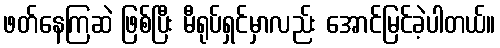
ဖတ်နေကြဆဲ ဖြစ်ပြီး မီရုပ်ရှင်မှာလည်း အောင်မြင်ခဲ့ပါတယ်။